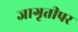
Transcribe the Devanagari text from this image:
जागृतीपर